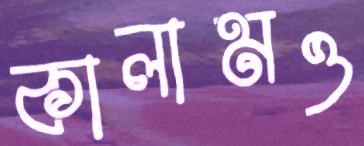
কালামও